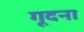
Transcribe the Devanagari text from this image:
गूदना